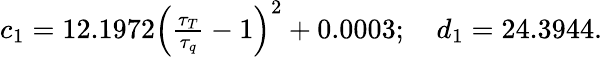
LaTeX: \begin{array}{r}{c_{1}=12.1972\left(\frac{\tau_{T}}{\tau_{q}}-1\right)^{2}+0.0003;\quad d_{1}=24.3944.}\end{array}